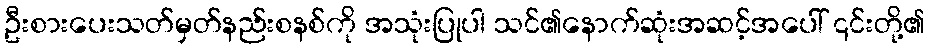
ဦးစားပေးသတ်မှတ်နည်းစနစ်ကို အသုံးပြုပါ သင်၏နောက်ဆုံးအဆင့်အပေါ် ၎င်းတို့၏